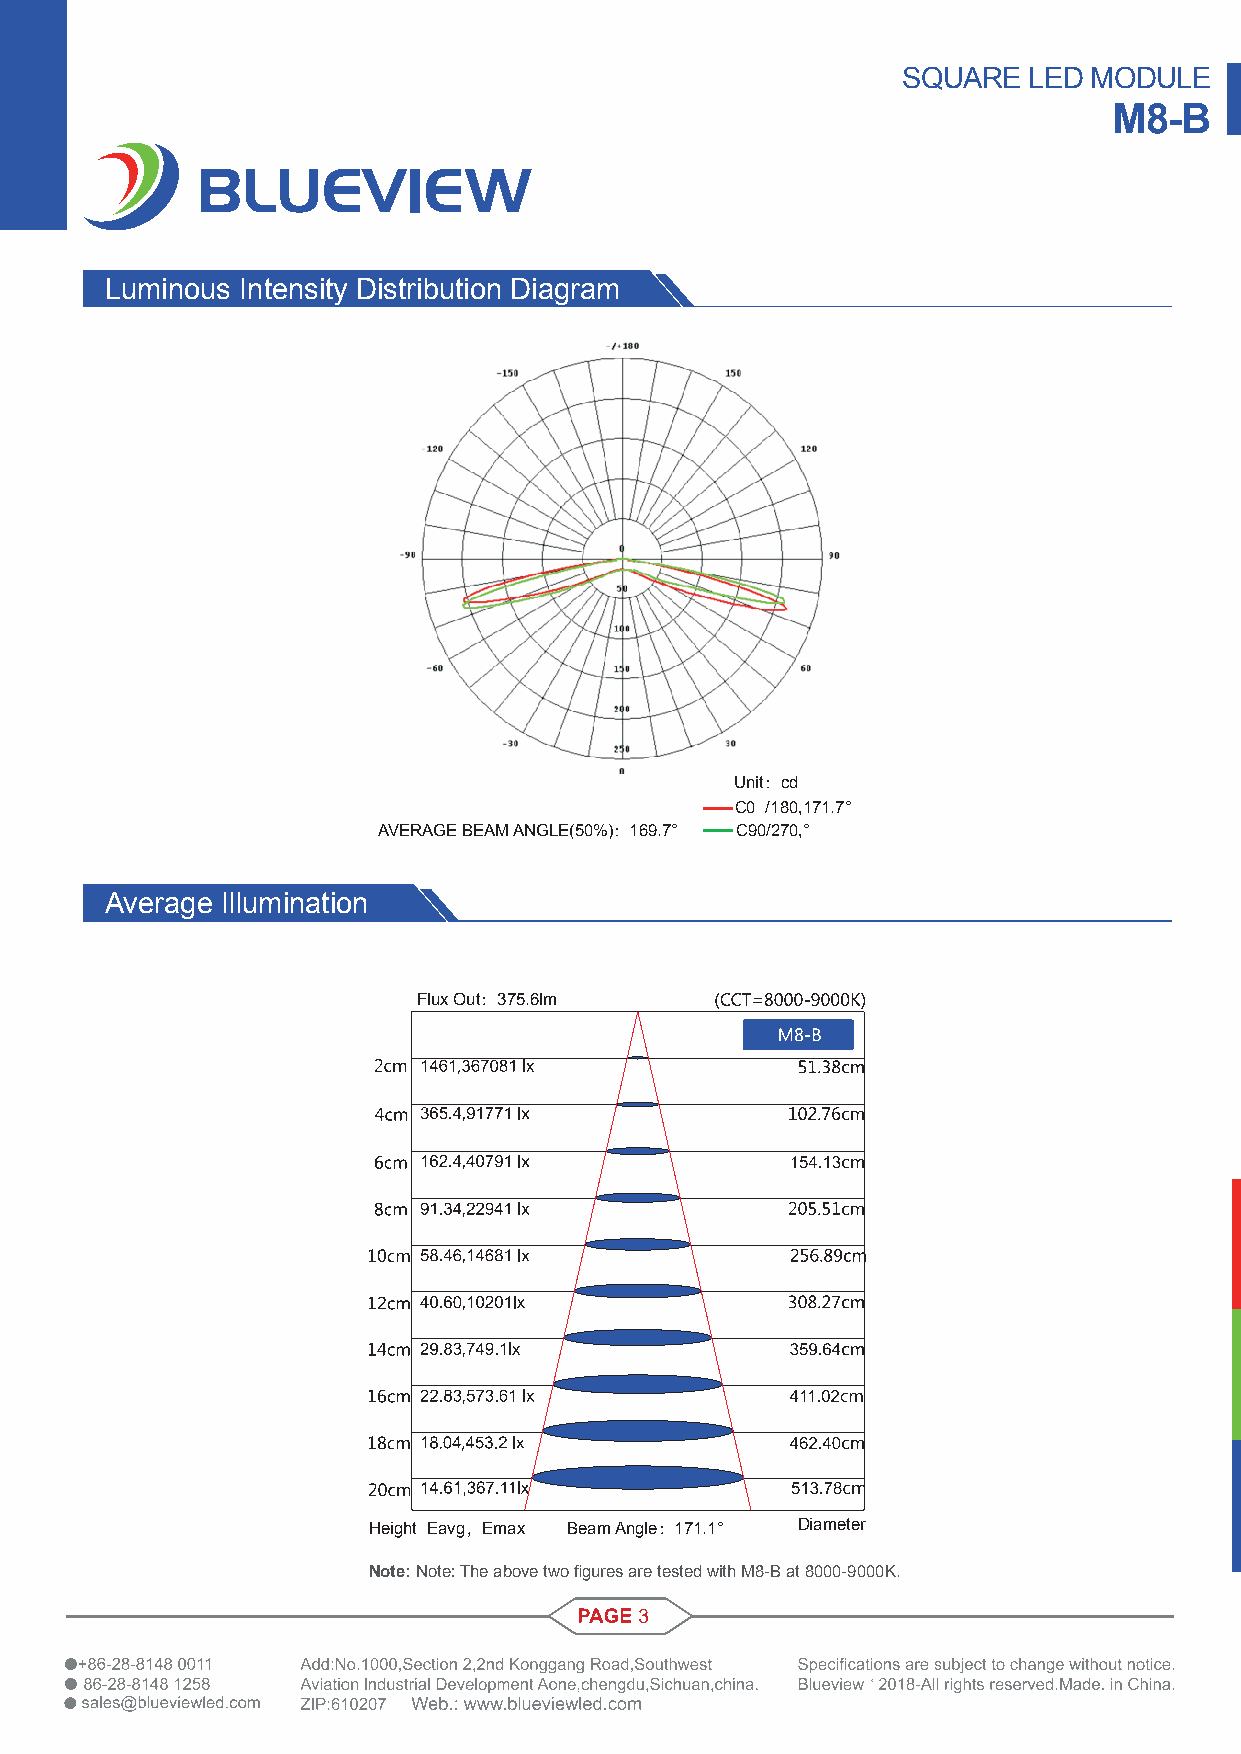
SQUARE  LED MODULE
 M8-B
 Luminous Intensity Distribution Diagram
 Unit：cd
 C0 /180,171.7°
 AVERAGE BEAM ANGLE(50%)：169.7° C90/270,°
 Average Illumination
 Flux Out：375.6lm
 Height Eavg，Emax Beam Angle：171.1° Diameter
 Note: Note: The above two figures are tested with M8-B at 8000-9000K.
 3